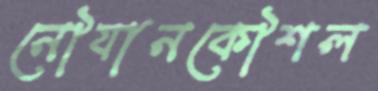
নৌযানকৌশল